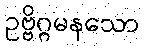
ဥဗ္ဗိဂ္ဂမနသော